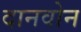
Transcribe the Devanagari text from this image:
दानवोन